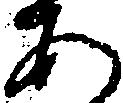
あ